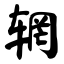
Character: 辋